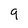
Character: q